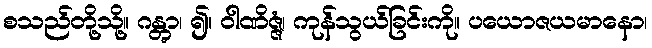
စသည်တို့သို့။ ဂန္တွာ၊ ၍။ ဝါဏိဇ္ဇံ၊ ကုန်သွယ်ခြင်းကို။ ပယောဇယမာနော၊